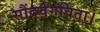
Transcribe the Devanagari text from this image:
सौंदर्यगर्विता।